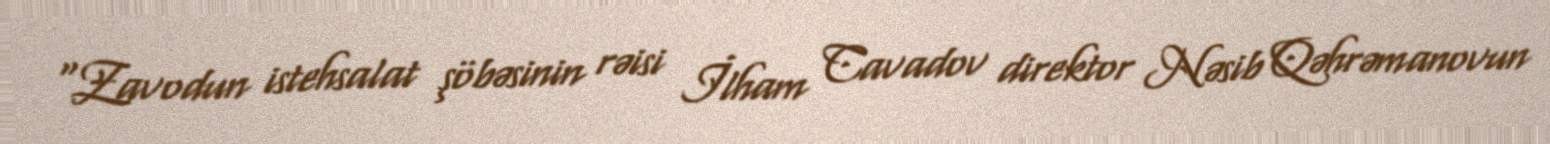
“Zavodun istehsalat şöbəsinin rəisi İlham Cavadov direktor Nəsib Qəhrəmanovun